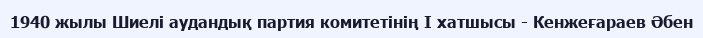
1940 жылы Шиелі аудандық партия комитетінің І хатшысы - Кенжеғараев Әбен